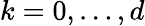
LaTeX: k=0,\dots,d